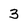
Character: 3